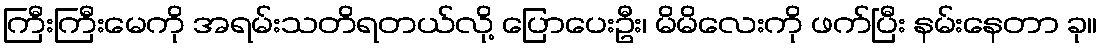
ကြီးကြီးမေကို အရမ်းသတိရတယ်လို့ ပြောပေးဦး၊ မိမိလေးကို ဖက်ပြီး နမ်းနေတာ ခု။